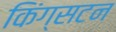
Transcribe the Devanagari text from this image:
किंग्‍सटन